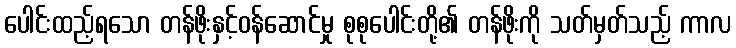
ပေါင်းထည့်ရသော တန်ဖိုးနှင့်ဝန်ဆောင်မှု စုစုပေါင်းတို့၏ တန်ဖိုးကို သတ်မှတ်သည့် ကာလ